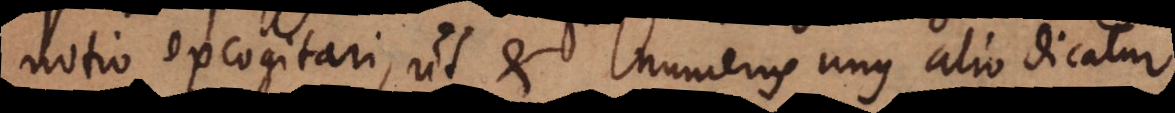
notio excogitari, ut et numerus unus alio dicatur